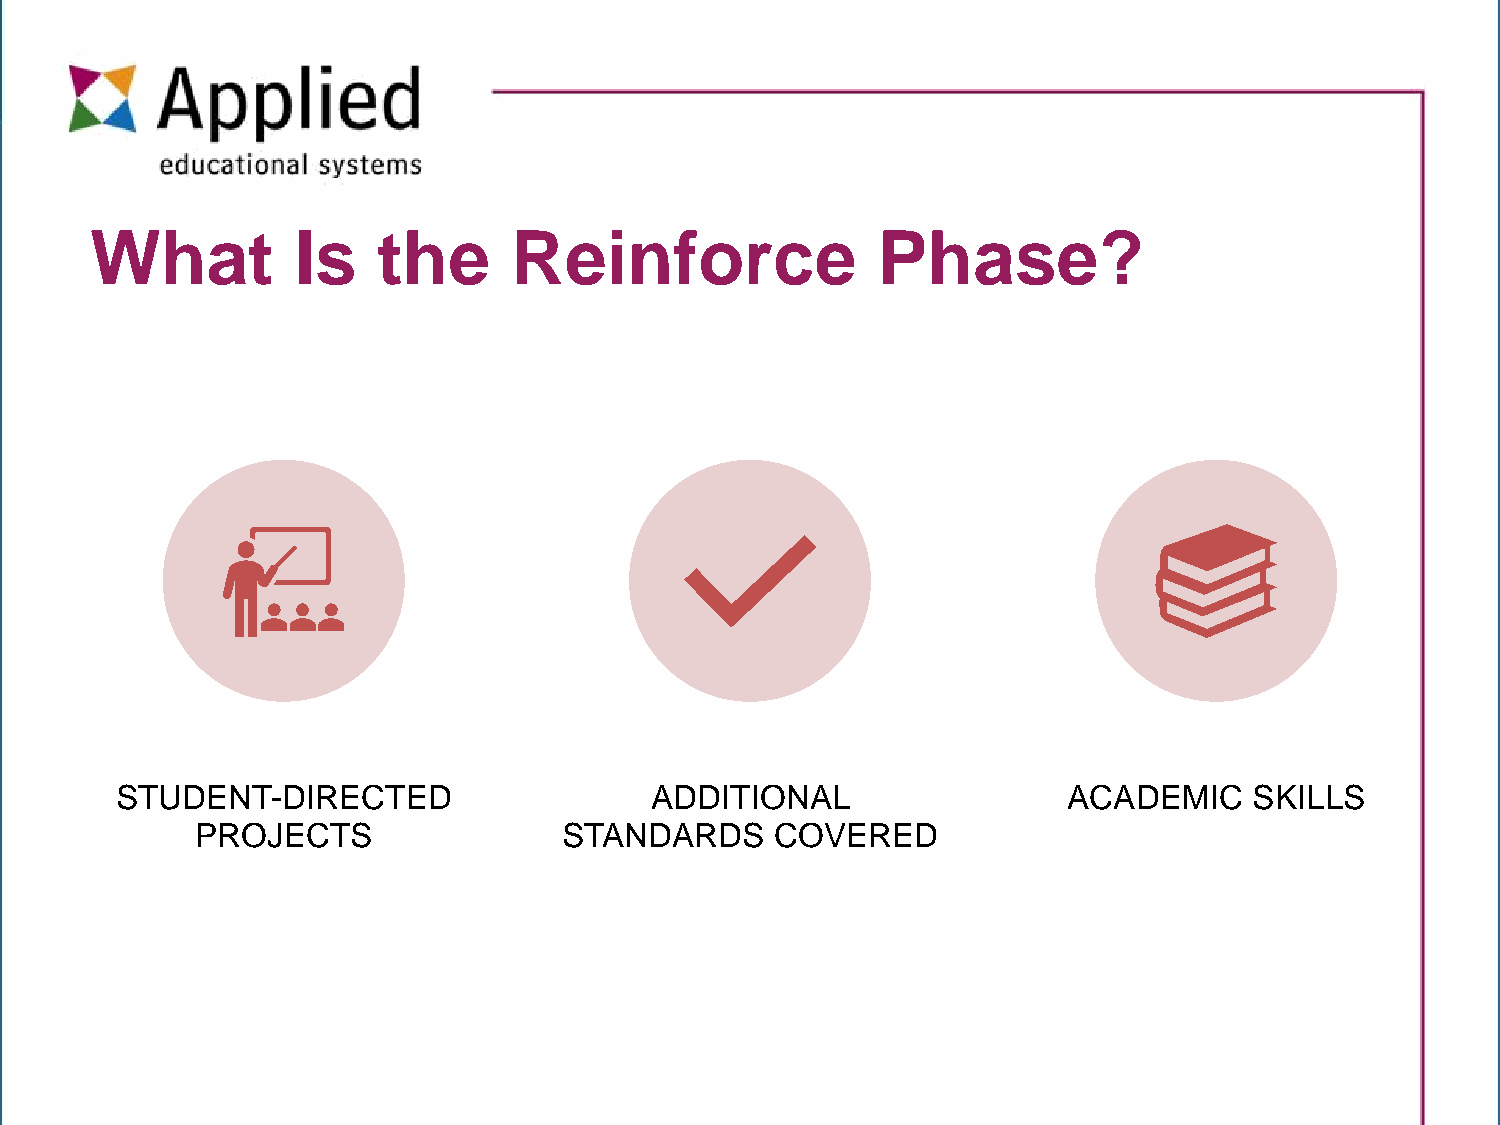
What         Is    the      Reinforce               Phase?
 STUDENT-DIRECTED                   ADDITIONAL                  ACADEMIC    SKILLS
 PROJECTS                STANDARDS     COVERED